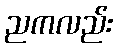
ညကလည်း